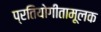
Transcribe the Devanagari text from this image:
प्रतियोगीतामूलक